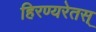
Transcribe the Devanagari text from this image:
हिरण्यरेतस्